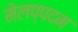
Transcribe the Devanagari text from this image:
मेलप्पदम